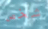
شخص